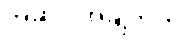
အဆိုပါအချက်ကို